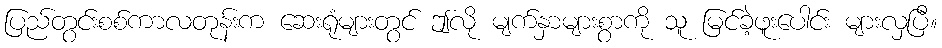
ပြည်တွင်းစစ်ကာလတုန်းက ဆေးရုံများတွင် ဤလို မျက်နှာများစွာကို သူ မြင်ခဲ့ဖူးပေါင်း များလှပြီ။